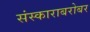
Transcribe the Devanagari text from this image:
संस्काराबरोबर